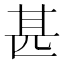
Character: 甚